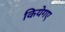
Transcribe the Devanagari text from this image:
कियेगए